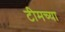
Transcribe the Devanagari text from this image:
टीमच्या